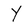
Character: Y